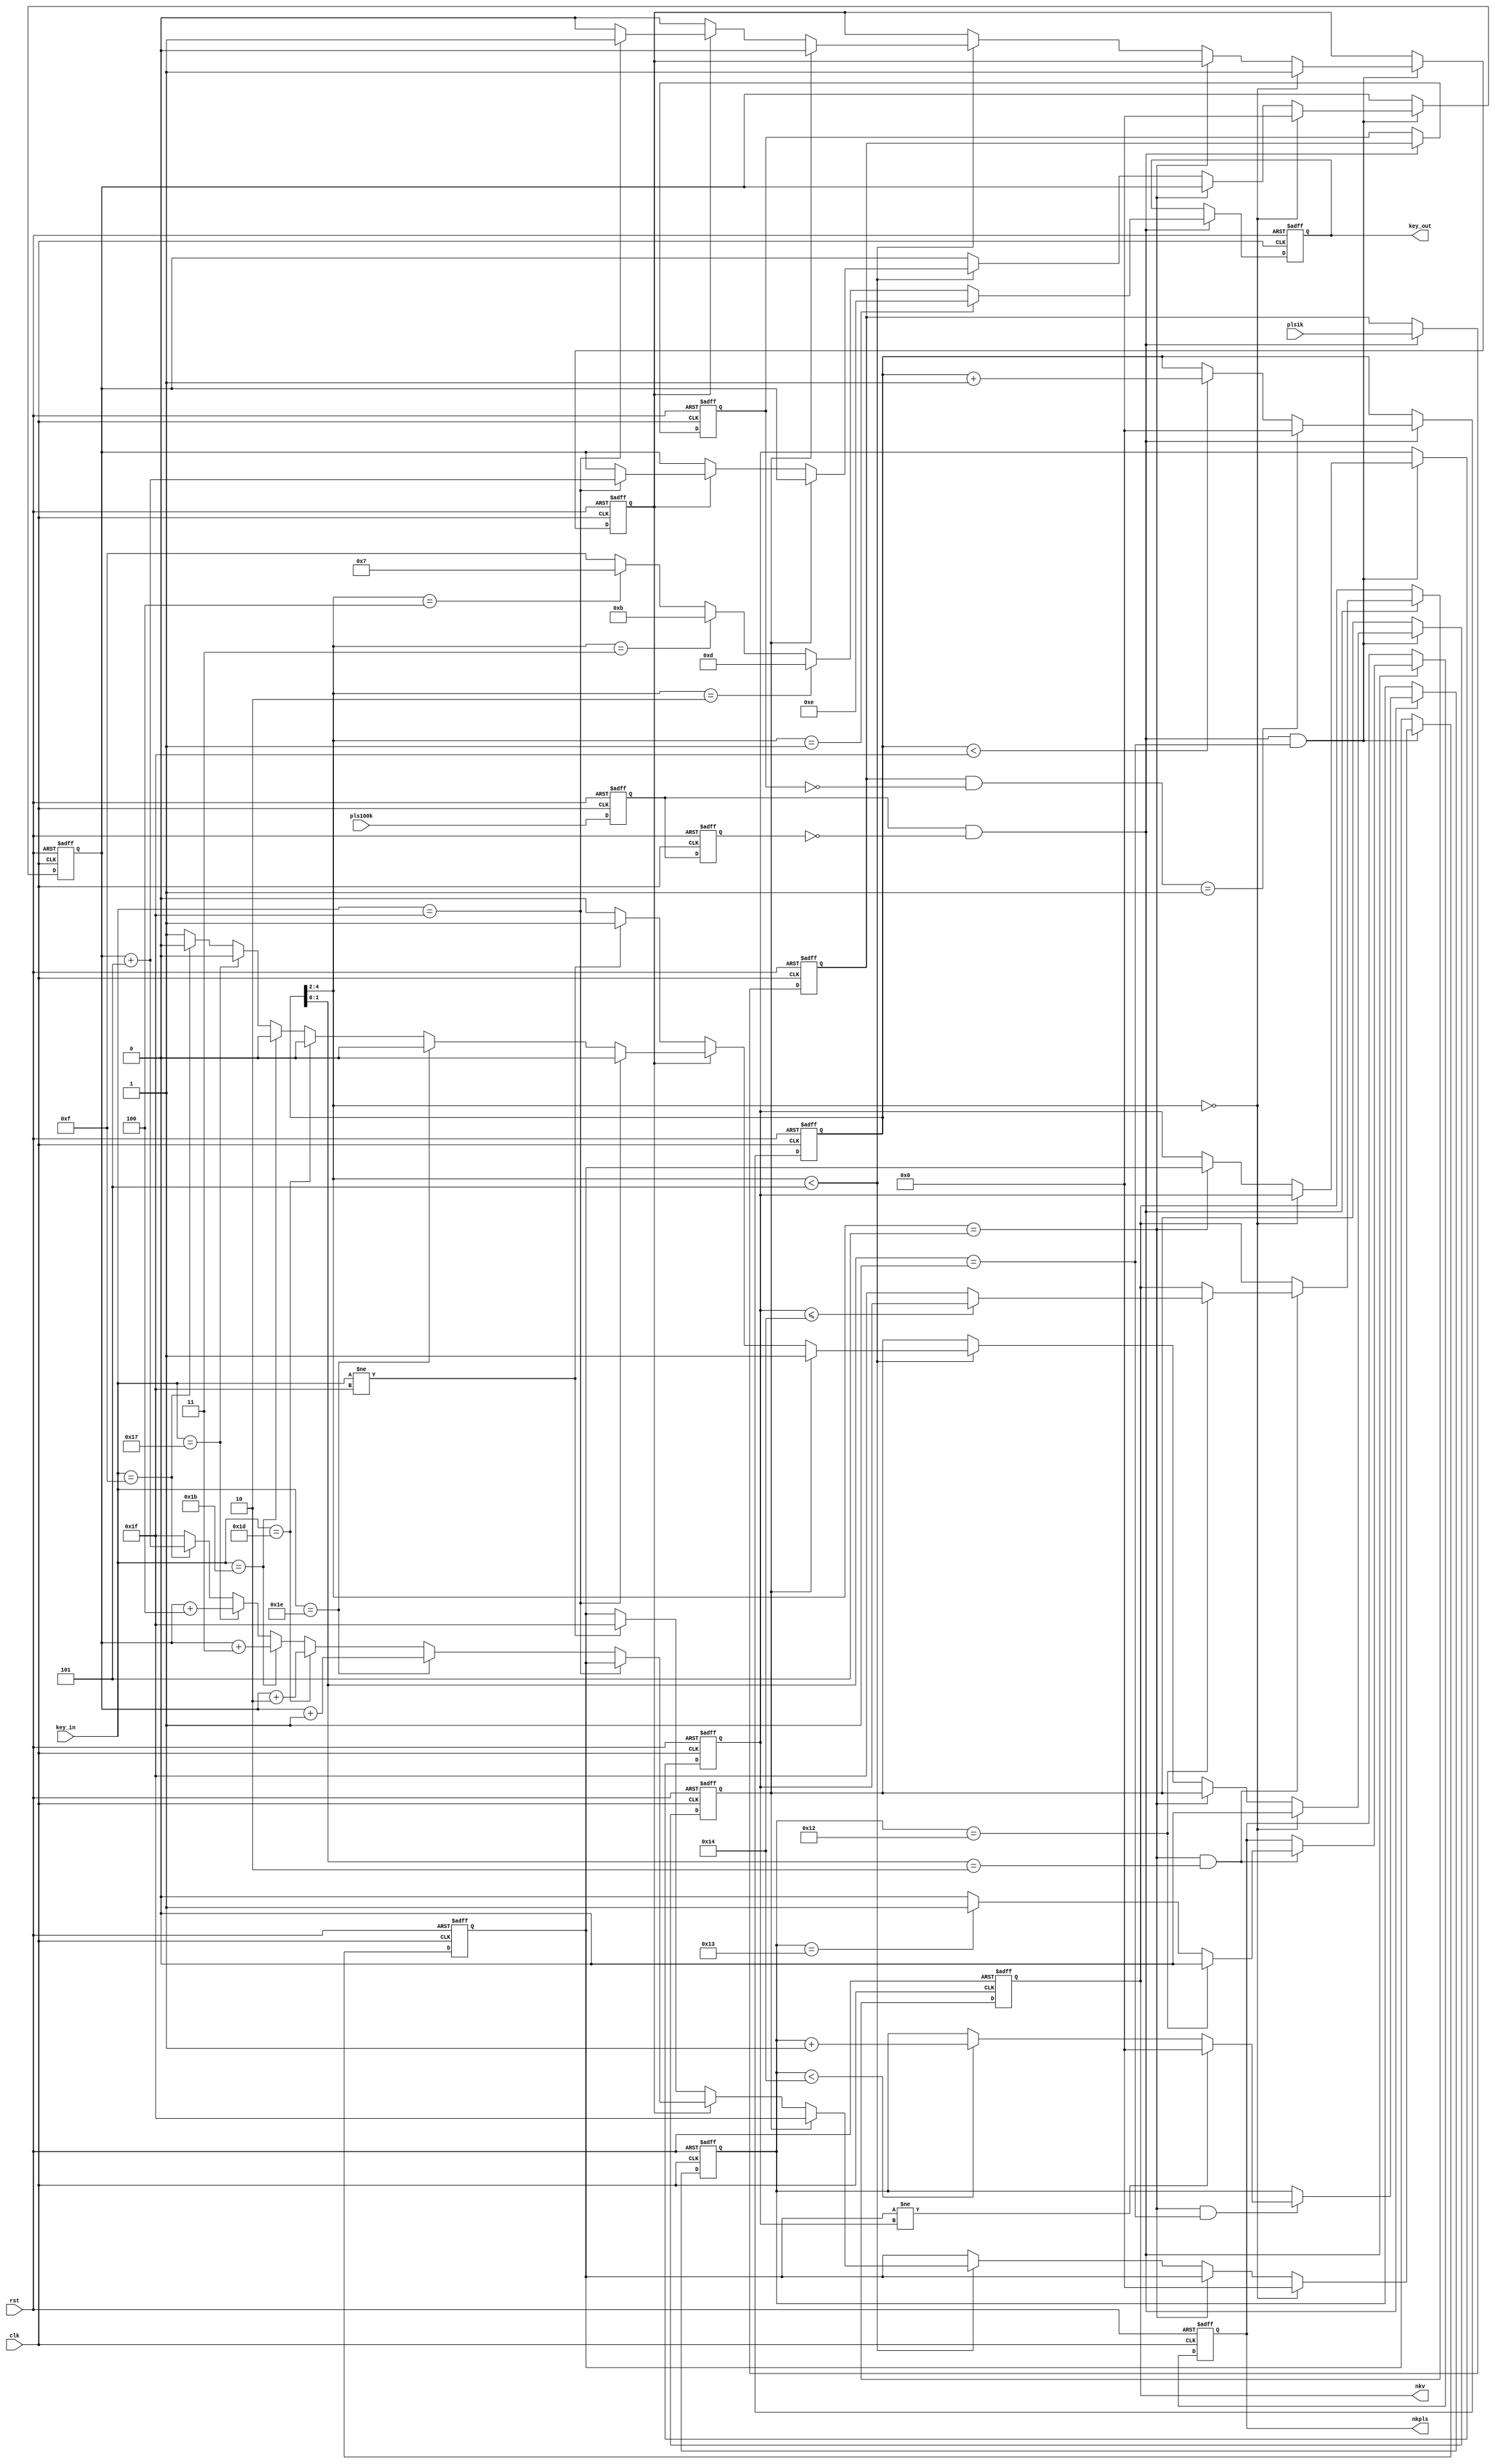
`timescale 1ns / 1ps

module key_scan(
//input
input   rst,                //
input   clk,                // 10MHz SYSTEM CLK
input   pls100k,            // 100kHz PULSE , SCAN TIMING CONTROL
input   pls1k,              // 1KHz PULSE , SCAN START AT RISING EDGE       
input   [4:0] key_in,       // 4BIT KEY PAD ROW INPUT
//output
output  reg[3:0] key_out,   // 3BIT KEY PAD COLUMN OUTPUT
output  reg nkpls,          // ONE SHOT PULSE WHEN NEW KEY HAS DETECTED
output  reg[4:0] nkv        // 4BIT NEW KEY VALUE OUTPUT
);

reg     pl0,pl1;            // FOR EDGE DETECT OF PLS1K
reg     pk0,pk1;            // FOR EDGE DETECT OF PLS100K    
reg     [4:0] pkcnt;        // PLS100K COUINTER FOR SCAN TIMING CONTROL    

wire    [1:0]cnt;
wire    [2:0]kscnt;         // COUNTER FOR KEY SCAN CONTROL

reg     [4:0] kv0,kv1,kvp; 
reg     [4:0] kcnt;

reg     nokey,multkey;

//-------1 cycle scan timing signal generation 
always@(negedge rst, posedge clk)
    if(rst==0)
        begin
            pl0 <= 0; pl1 <= 0; pk0 <= 0; pk1 <= 0;
            pkcnt <= 31;
        end
    else
        begin 
            pk0 <= pls100k;     pk1 <= pk0;
            if(pk0 & ~pk1)                          // RISING EDGE OF PLS100K
                begin
                    pl0 <= pls1k;
                    pl1 <= pl0;
                    if((pl0 & ~pl1) == 1)           // RISING EDGE OF PLS1K
                        pkcnt <= 0 ;
                    else if(pkcnt < 31)
                        pkcnt <= pkcnt+1;
                end 
        end 
assign cnt = pkcnt[1:0];                            // 1 LINE SCAN TIMING COUNTER
assign kscnt = pkcnt[4:2];                          // 1 CYCLE SCAN TIMING COUNTER

//------------------key out generation 
always@(negedge rst, posedge clk)
    if(rst == 0)
        key_out <= 4'hf;
    else if(pk0 & ~pk1)                             // RIGING EDGE OF PLU100K
        if      (kscnt == 1)    key_out <= (4'b1110);
        else if (kscnt == 2)    key_out <= (4'b1101);
        else if (kscnt == 3)    key_out <= (4'b1011);         
        else if (kscnt == 4)    key_out <= (4'b0111);
        else                    key_out <= (4'b1111);

//------------------------key scan ROUTING for 1 cycle 
always@(negedge rst , posedge clk)
    if(rst == 0)
        begin 
            nokey <=1;      multkey <=0;
            kv0 <= 5'h0;    kv1 <= 5'h0;    kvp <= 5'h0;
        end 
    else if((pk0 & ~pk1) & (cnt ==1))                       // RISING EDGE OF PLS100K AND CNT == 1
        if(kscnt == 0)
            begin
                nokey <= 1;  multkey <= 0;
                kv0 <= 5'h0;    kvp <= 5'h0;
            end 
        else if(kscnt == 5)
            kv1 <= kv0;
        else if(kscnt < 5)                                  // SCAN LOGIC FOR EDGE LINE SCANNING
            begin
                if(multkey == 1)
                    begin
                        nokey <= 0; kv0 <= 31;
                    end
                else if(nokey == 1)
                    if(key_in ==31)
                        kvp <= kvp + 5;                     // FOR NEXT COLUM SCAN
                    else
                        begin
                            nokey <= 0;
                            if      (key_in == 5'b11110)    kv0 <= kvp +1;
                            else if (key_in == 5'b11101)    kv0 <= kvp +2;
                            else if (key_in == 5'b11011)    kv0 <= kvp +3;
                            else if (key_in == 5'b10111)    kv0 <= kvp +4;
                            else if (key_in == 5'b01111)    kv0 <= kvp +5;
                            else
                                begin
                                    multkey <= 1;           // MULTI KEY HAS PUSHED
                                    kv0 <= 31;
                                end 
                        end
                else                                        // KEY HAS BEEN PUSHED IN PREVIOUS LINE SCAN
                    if(key_in != 31)
                        begin
                            multkey <= 1;                   // MULTI KEY HAS PUSHED
                            kv0 <= 31;
                        end 
            end 

//------------------counter for debounce module key_scan
always@(negedge rst, posedge clk)
    if(rst == 0)
        kcnt = 5'h0;
    else if(pk0 & ~pk1)                                     // RISING EDGE OF PLS100K
        if((kscnt == 5) & (cnt == 1))
            if(kv0 != kv1)
                kcnt <= 5'h0;
            else if(kcnt <20)
                kcnt <= kcnt + 1;

//-----------------ney key value catch and NKPLS Generation
always@(negedge rst , posedge clk)
    if(rst == 0)
        begin 
            nkpls <= 0;     nkv <= 4'h0;
        end            
    else if(pk0 & ~pk1)                                     // RISING EDGE OF PLS100K
        if((kscnt == 5) && (cnt == 2))
            begin
                nkpls <= 0;
                if(kcnt == 18)
                    if(kv1 <= 20)    nkv <= kv1;
                    else            nkv <= 31;
                else if(kcnt == 19)
                    nkpls <= 1;
            end

endmodule